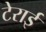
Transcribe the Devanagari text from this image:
टेराई